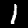
Label: 1